Leaving Certificate Examination, 1912
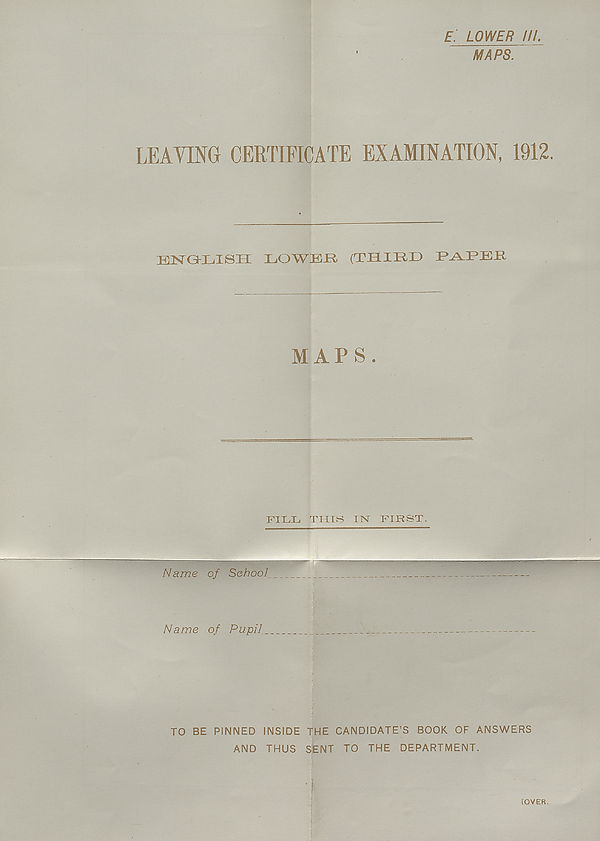
E. LOWER ///.
MAPS. ~
LEAVING CERTIFICATE EXAMINATION, 1912.
EIST GKEjISH 1,0 WK It (THXHO IO\I j KR
MAPS.
FILL THIS TTST FIRST.
Name of School
Name of Pupil
TO BE PINNED INSIDE THE CANDIDATE’S BOOK OF ANSWERS
AND THUS SIENT TO THE DEPARTMENT.
[OVER.